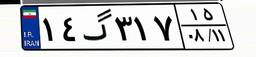
۱۴گ۳۱۷۱۵